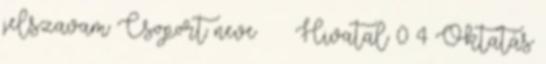
jelszavam Csoport neve ♀ ♂ Hivatal 0 4 Oktatás